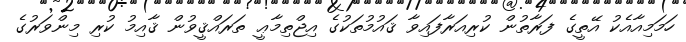
ހަމަމިއާއެކު އޭތީގެ ފަރާތުން ކުރިއަރާފައިވާ ޤައުމުތަކުގެ އިޖްތިމާޢީ ތަރައްޤީވުން ޤާއިމު ކުރި މިންވަރުގެ